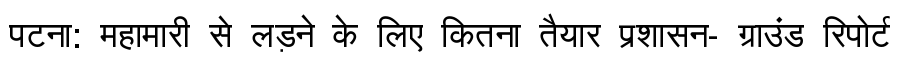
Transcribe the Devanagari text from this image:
पटना: महामारी से लड़ने के लिए कितना तैयार प्रशासन- ग्राउंड रिपोर्ट